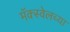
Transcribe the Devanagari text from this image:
मॅक्स्वेलच्या